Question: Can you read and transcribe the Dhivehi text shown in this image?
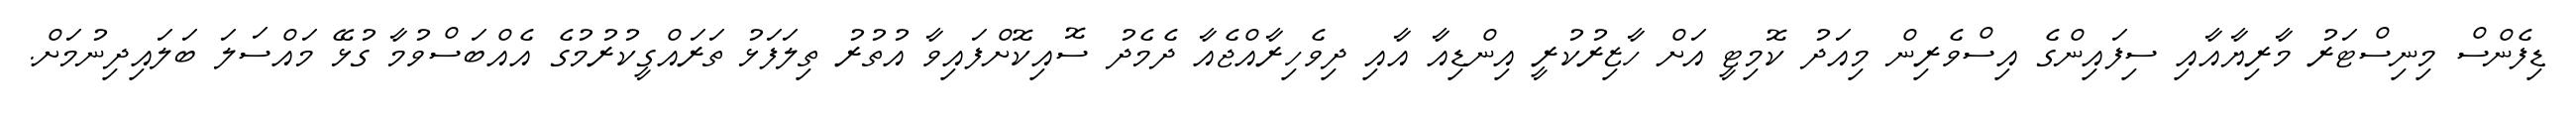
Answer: ޑިފެންސް މިނިސްޓަރު މާރިޔާއާއި ސިފައިންގެ އިސްވެރިން މިއަދު ކޮމިޓީ އަށް ހާޒިރުކުރީ އިންޑިއާ އާއި ދިވެހިރާއްޖެއާ ދެމެދު ސޮއިކޮށްފައިވާ އުތުރު ތިލަފަޅު ތަރައްގީކުރުމުގެ އެއްބަސްވުމާ ގުޅޭ މައްސަލަ ބަލައިދިނުމަށް.